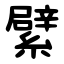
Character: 繴